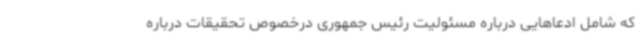
که شامل ادعاهایی درباره مسئولیت رئیس جمهوری درخصوص تحقیقات درباره